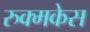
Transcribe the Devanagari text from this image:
रुक्मकेस